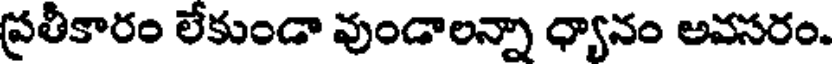
ప్రతీకారం లేకుండా వుండాలన్నా ధ్యానం అవసరం.